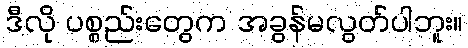
ဒီလို ပစ္စည်းတွေက အခွန်မလွတ်ပါဘူး။